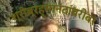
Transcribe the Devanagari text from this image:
श्रीब्रह्मानंदांबरोबर